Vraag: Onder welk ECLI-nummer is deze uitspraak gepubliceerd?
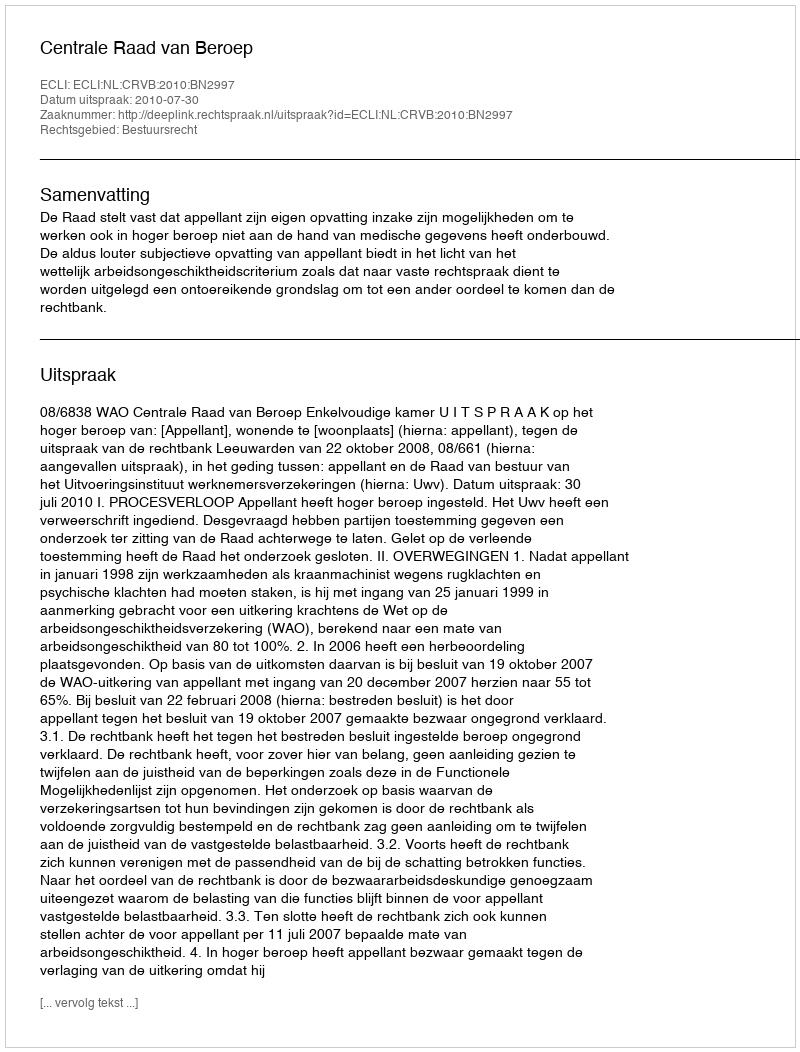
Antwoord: ECLI:NL:CRVB:2010:BN2997